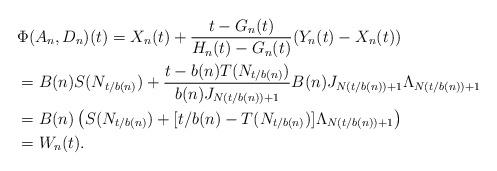
LaTeX: \begin{align*}&\Phi(A_n,D_n)(t)= X_n(t) + \frac{t-G_n(t)}{H_n(t) - G_n(t)} (Y_n(t) - X_n(t)) \\&= B(n) S(N_{t / b(n)}) + \frac{t - b(n)T(N_{t / b(n)})}{b(n)J_{N(t/b(n))+1}}B(n) J_{N(t/b(n))+1}\Lambda_{N(t/b(n))+1} \\&= B(n) \left( S(N_{t/b(n)})+ [t/b(n) - T(N_{t/b(n)})] \Lambda_{N(t/b(n))+1} \right) \\&= W_n(t).\end{align*}